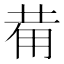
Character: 𤰇